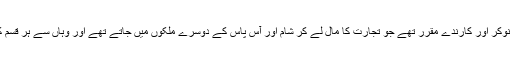
جگہ جگہ ان کے نوکر اور کارندے مقرر تھے جو تجارت کا مال لے کر شام اور آس پاس کے دوسرے ملکوں میں جاتے تھے اور وہاں سے ہر قسم کا مال لاتے تھے۔